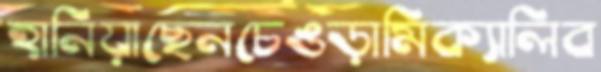
হানিয়াছেনচেঙড়ামিক্যালিব